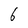
Character: 6